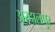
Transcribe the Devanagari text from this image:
अस्दालपुर